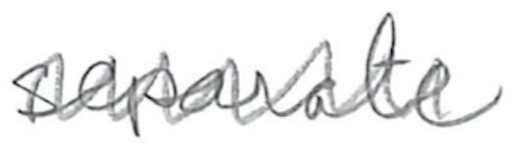
Text: separate
Cross-out: zig-zag
Writing tool: pencil